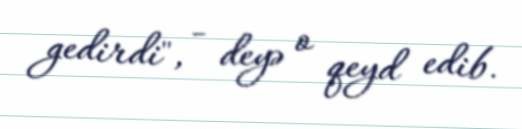
gedirdi", - deyə o qeyd edib.